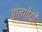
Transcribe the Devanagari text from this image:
बाज़गोयी